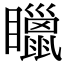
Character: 䁽